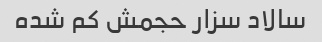
سالاد سزار حجمش کم شده